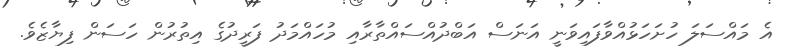
އެ މައްސަލަ ހުށަހަޅުއްވާފައިވަނީ އަނަސް އަބްދުއްސައްތާރާއި މުހައްމަދު ފަރީދުގެ އިތުރުން ހަސަން ފިޔާޒެވެ.